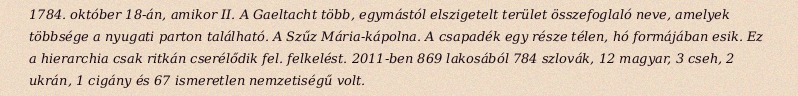
1784. október 18-án, amikor II. A Gaeltacht több, egymástól elszigetelt terület összefoglaló neve, amelyek többsége a nyugati parton található. A Szűz Mária-kápolna. A csapadék egy része télen, hó formájában esik. Ez a hierarchia csak ritkán cserélődik fel. felkelést. 2011-ben 869 lakosából 784 szlovák, 12 magyar, 3 cseh, 2 ukrán, 1 cigány és 67 ismeretlen nemzetiségű volt.